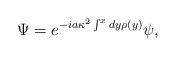
LaTeX: \begin{align*}\Psi=e^{-i a \kappa^2\int^x dy \rho(y)} \psi ,\end{align*}